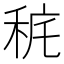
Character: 䅊